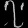
Digit: ၇